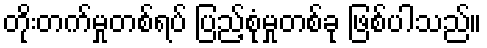
တိုးတက်မှုတစ်ရပ် ပြည့်စုံမှုတစ်ခု ဖြစ်ပါသည်။